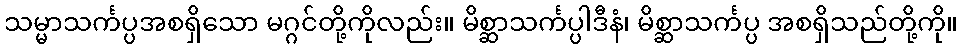
သမ္မာသင်္ကပ္ပအစရှိသော မဂ္ဂင်တို့ကိုလည်း။ မိစ္ဆာသင်္ကပ္ပါဒီနံ၊ မိစ္ဆာသင်္ကပ္ပ အစရှိသည်တို့ကို။